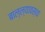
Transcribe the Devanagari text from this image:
बाल्ल्यावस्था